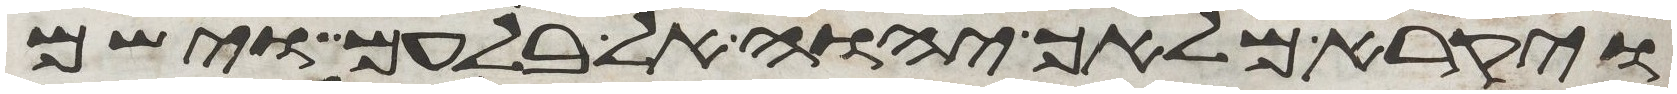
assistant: ויקרא מלאך יהוה אל בלעם וישם